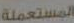
المستعملة